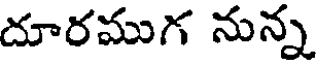
దూరముగ నున్న